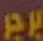
برجر